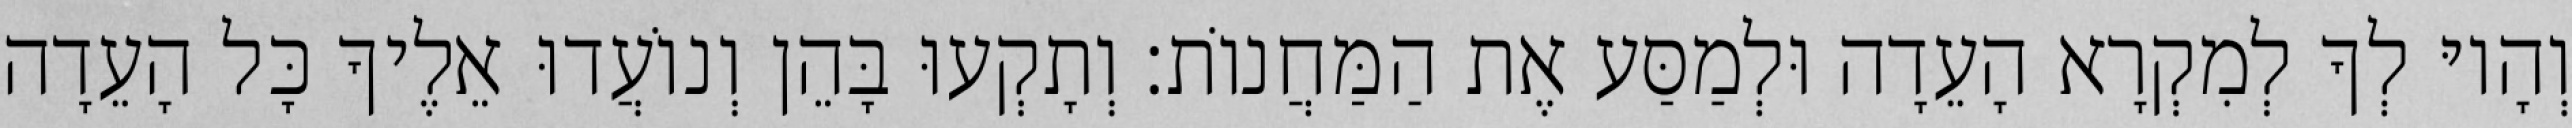
וְהָיוּ לְךָ לְמִקְרָא הָעֵדָה וּלְמַסַּע אֶת הַמַּחֲנוֹת׃ וְתָקְעוּ בָּהֵן וְנוֹעֲדוּ אֵלֶיךָ כָּל הָעֵדָה